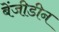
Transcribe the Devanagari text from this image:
बेंजीडीन